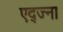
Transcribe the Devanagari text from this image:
एद्ज्ना